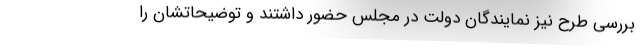
بررسی طرح نیز نمایندگان دولت در‌ مجلس حضور داشتند و توضیحاتشان را